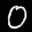
Label: 0